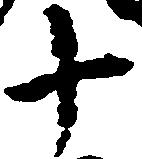
十